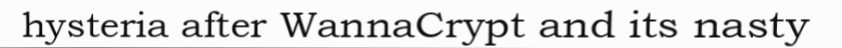
hysteria after WannaCrypt and its nasty